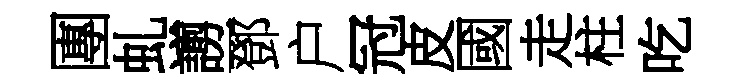
團虬謭一鄧户冠皮國走柱吃